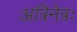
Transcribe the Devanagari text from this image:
अत्रिनेत्रः